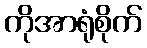
ကိုအာရုံစိုက်